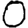
Digit: 0